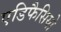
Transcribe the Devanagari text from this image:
एडिफैसियो